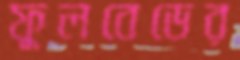
ফুলবেডের